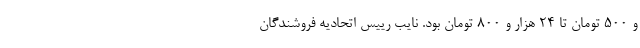
و 500 تومان تا 24 هزار و 800 تومان بود. نایب رییس اتحادیه فروشندگان